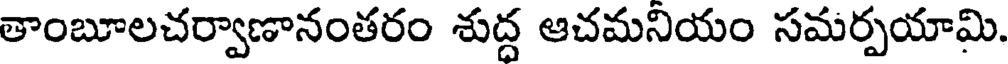
తాంబూలచర్వాణానంతరం శుద్ద ఆచమనియం సమర్పయామి.